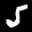
Label: 5